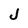
Character: J